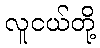
လူငယ်တို့